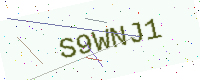
Text: S9WNJ1